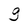
Character: g